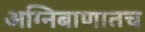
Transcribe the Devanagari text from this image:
अग्निबाणातच